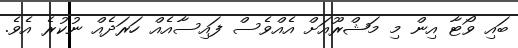
ބައި ވޯޓާ އިން މި މަޝްރޫއަށް އެއްވެސް ފައިސާއެއްް ހަރަދެއް ނުކުރެ އެވެ.